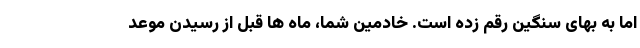
اما به بهای سنگین رقم زده است. خادمین شما، ماه­ ها قبل از رسیدن موعد